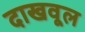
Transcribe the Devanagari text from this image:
दाखवूल